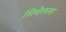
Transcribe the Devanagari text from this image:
मिचेलला